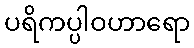
ပရိကပ္ပါဝဟာရော